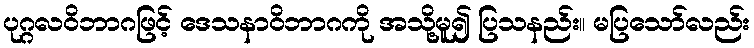
ပုဂ္ဂလဝိဘာဂဖြင့် ဒေသနာဝိဘာဂကို အသို့မူ၍ ပြသနည်း။ မပြသော်လည်း